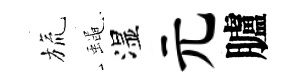
旒蠅湿元臚